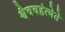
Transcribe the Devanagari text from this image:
श्वैववहंत्येते